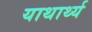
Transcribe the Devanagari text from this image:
याथार्थ्य